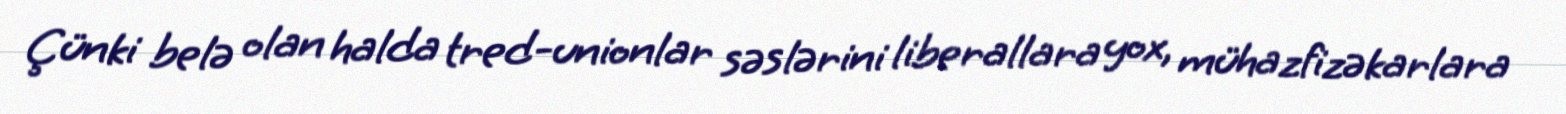
Çünki belə olan halda tred-unionlar səslərini liberallara yox, mühazfizəkarlara